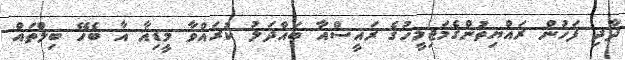
ދާދި ފަހުން ރައްޔިތުންގެމަޖިލީހުގެ ރައީސްއާ ބައްދަލު ކުރައްވާ މީޑިއާ އާ ބެހޭ ބިލްތައް